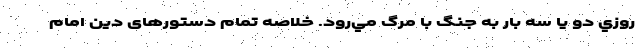
روزي دو يا سه بار به جنگ با مرگ مي‌رود. خلاصه تمام دستورهای دین امام